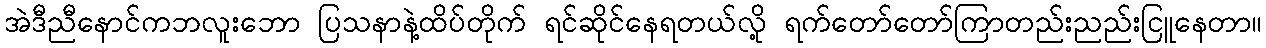
အဲဒီညီနောင်ကဘလူးဘော ပြသနာနဲ့ထိပ်တိုက် ရင်ဆိုင်နေရတယ်လို့ ရက်တော်တော်ကြာတည်းညည်းငြူနေတာ။